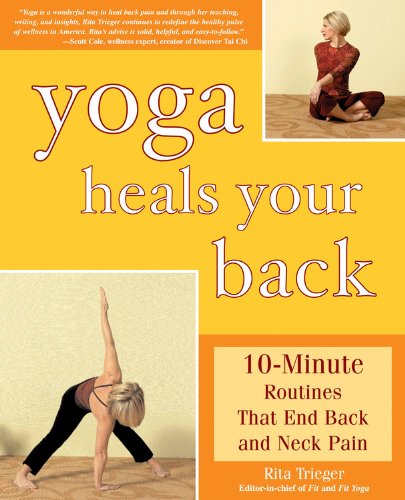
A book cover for Yoga Heals Your Back: 10-Minute Routines that End Back and Neck Pain; Rita Trieger; Health, Fitness & Dieting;